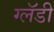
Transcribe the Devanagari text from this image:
ग्लॅडी